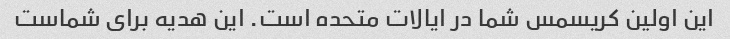
این اولین کریسمس شما در ایالات متحده است. این هدیه برای شماست